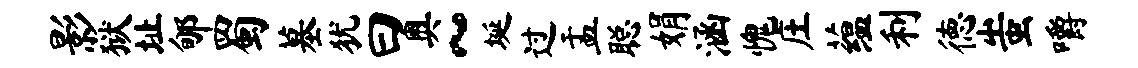
影狱址郇蜀墓犹曰奥~埏过盂聪娟涵愧庄蕴利德蚩嚼